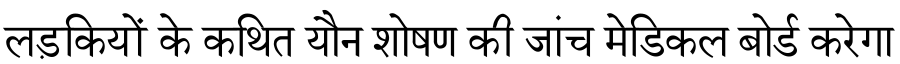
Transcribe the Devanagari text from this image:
लड़कियों के कथित यौन शोषण की जांच मेडिकल बोर्ड करेगा